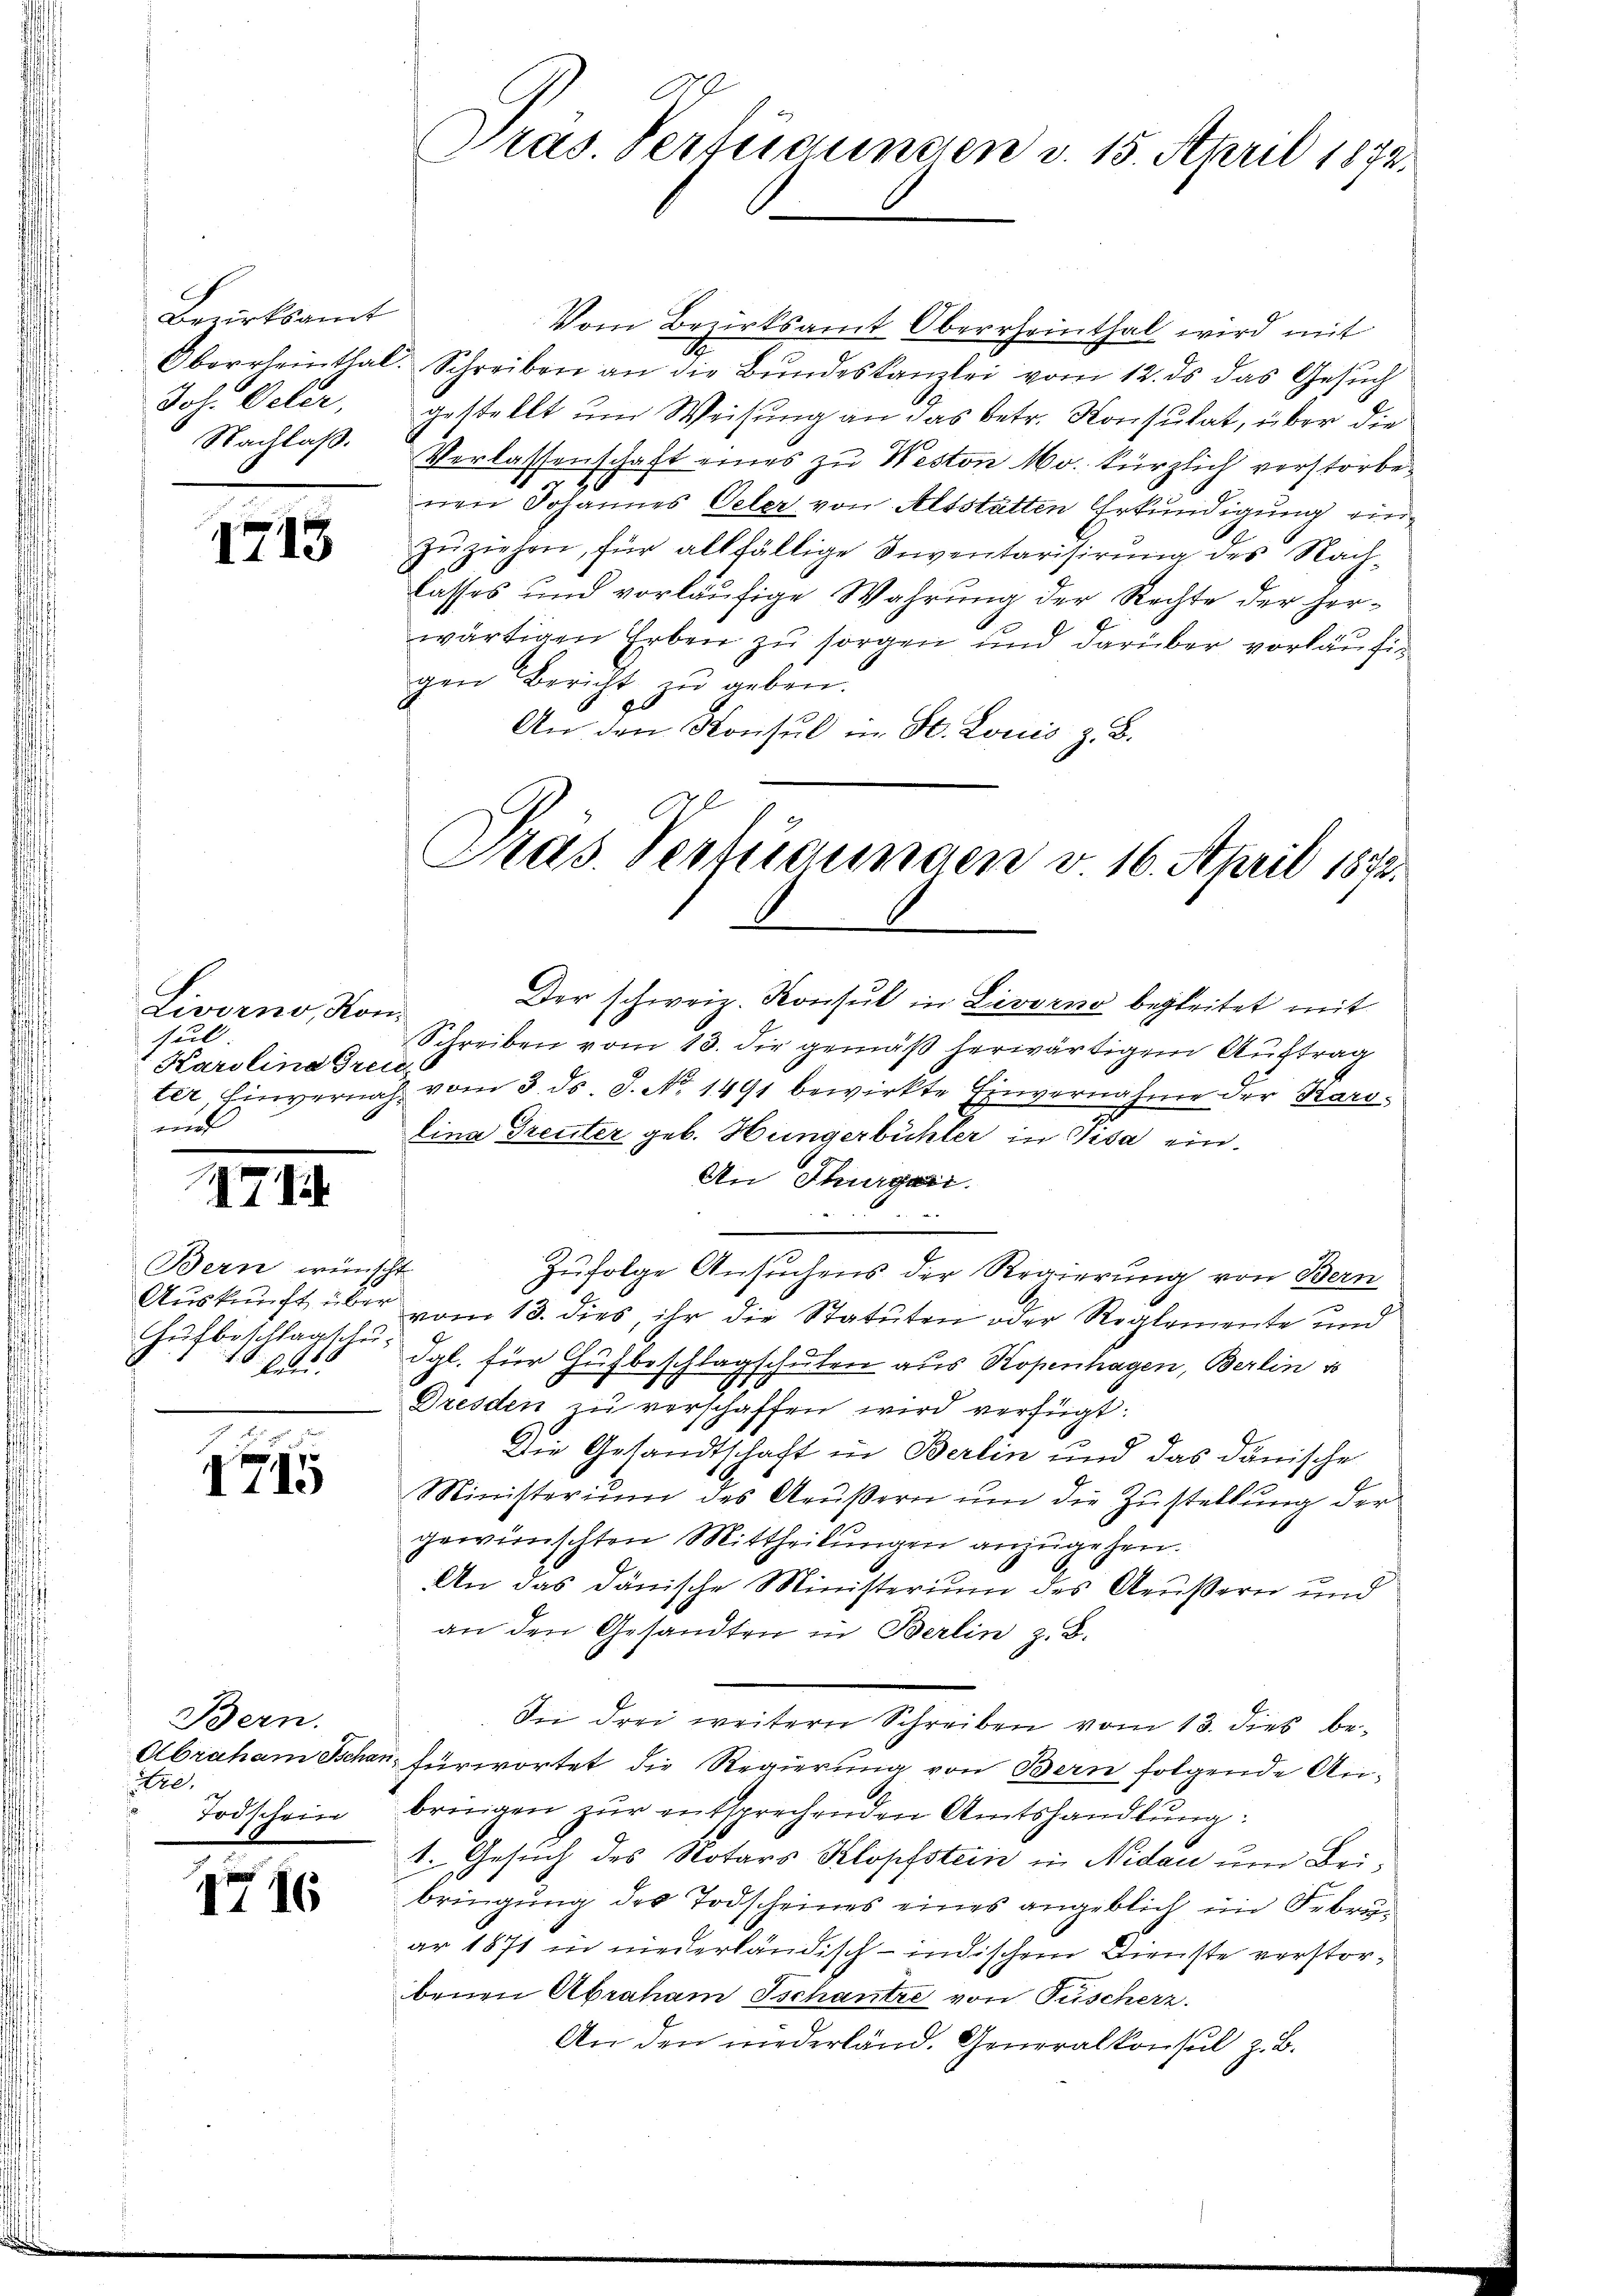
Bezirksamt
Joh. Oeler,
Nachlaß.

1713.

Livorno, Kon
sul.
Karolina Greid
unt

Bern wünscht
Auskunft über
ben.

171

1715

Bern.
re.

II 16

E
Pras. Verfügungen v. 15. April 1872.

Vom Bezirksamt Oberrheinthal wird mit
Oberrheinthal. Schreiben an die Bŭndeskanzlei vom 12. ds das Gesŭch
gestellt um Weisung an das betr. Konsultat, über die
Verlassenschaft eines zu Weston 160. kürzlich verstorbenen Johannes Oeler von Altstatten Erkundigung ein
zŭziehen, für allfällige Inventarisirung des Nach-
lasses und vorläŭfige Wahrung der Rechte der herwärtigen Erben zu sorgen und darüber vorläufigen Bericht zu geben.
An den Konsul in St. Louis z. B.
x

Pras. Verfügungen v. 16. April 1872.

Der schweiz. Konsul in Livorno begleitet mit
Schreiben vom 13. die gemäß herwärtigem Auftrag
ter, Einvernach vom 3. ds. S. No. 1491 bewirkte Einvernahme der Karslina Treuter geb. Hungerbüchler in Pisa ein.
An Thurgau
.
Zufolge Ansuchens der Regierung von Bern
vom 13. dies, ihr die Statuten oder Reglemente und
Hufbeschlagschus dgl. für Hufbeschlagschulen aus Kopenhagen, Berlin vo
Dresden zŭ verschaffen wird verfügt:
Die Gesandtschaft in Berlin und das danische
Ministerium des Aeŭβern ŭm die Zŭstellŭng der
gewünschten Mittheilungen anzugehen.
An das dänische Ministerium des Aeußern und
an den Gesandten in Berlin z. B.
Sei drei weitern Schreiben vom 13. dies be¬
Abraham Schon fürwortet die Regierung von Bern folgende An¬
Todschein bringen zur entsprechenden Amtshandlung:
1. Gesuch des Notars Klopfstein in Nidau um Beibringung des Todscheines eines angeblich im Februar 1871 in niederländisch-indischem Dienste verstorbenen Abraham Schantze von Puscherz.
An den niederländ. Generalkonsul z. B.